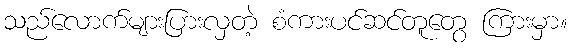
သည်လောက်များပြားလှတဲ့ စံကားပင်ဆင်တူတွေ ကြားမှာ။